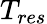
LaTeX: T_{res}